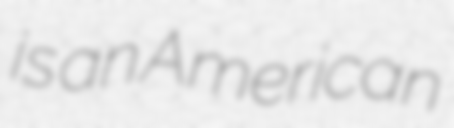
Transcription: is an American